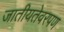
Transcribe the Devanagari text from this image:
जातीयतेवरपण